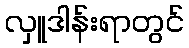
လှူဒါန်းရာတွင်